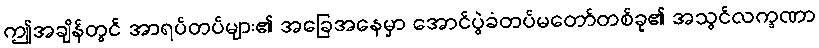
ဤအချိန်တွင် အာရပ်တပ်များ၏ အခြေအနေမှာ အောင်ပွဲခံတပ်မတော်တစ်ခု၏ အသွင်လက္ခဏာ